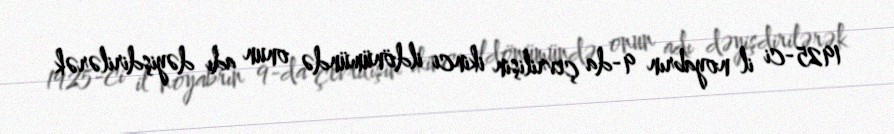
1925-ci il noyabrın 9-da çevrilişin ikinci ildönümündə onun adı dəyişdirilərək